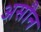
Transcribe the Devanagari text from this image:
असौन